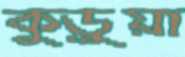
কুড়ুয়া